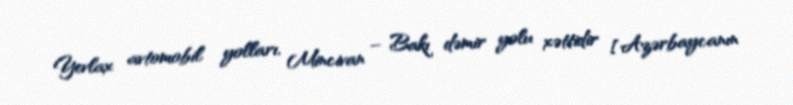
Yevlax avtomobil yolları, Mincivan – Bakı dəmir yolu xəttidir [Azərbaycanın